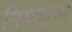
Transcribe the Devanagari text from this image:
नियंत्राण